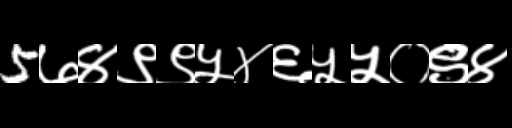
Text: 5७४९९५४६५५०९४